NAE_ERA_R-2632_ENSV_TA_Emakeele_Selts_1945-1955, lk 78
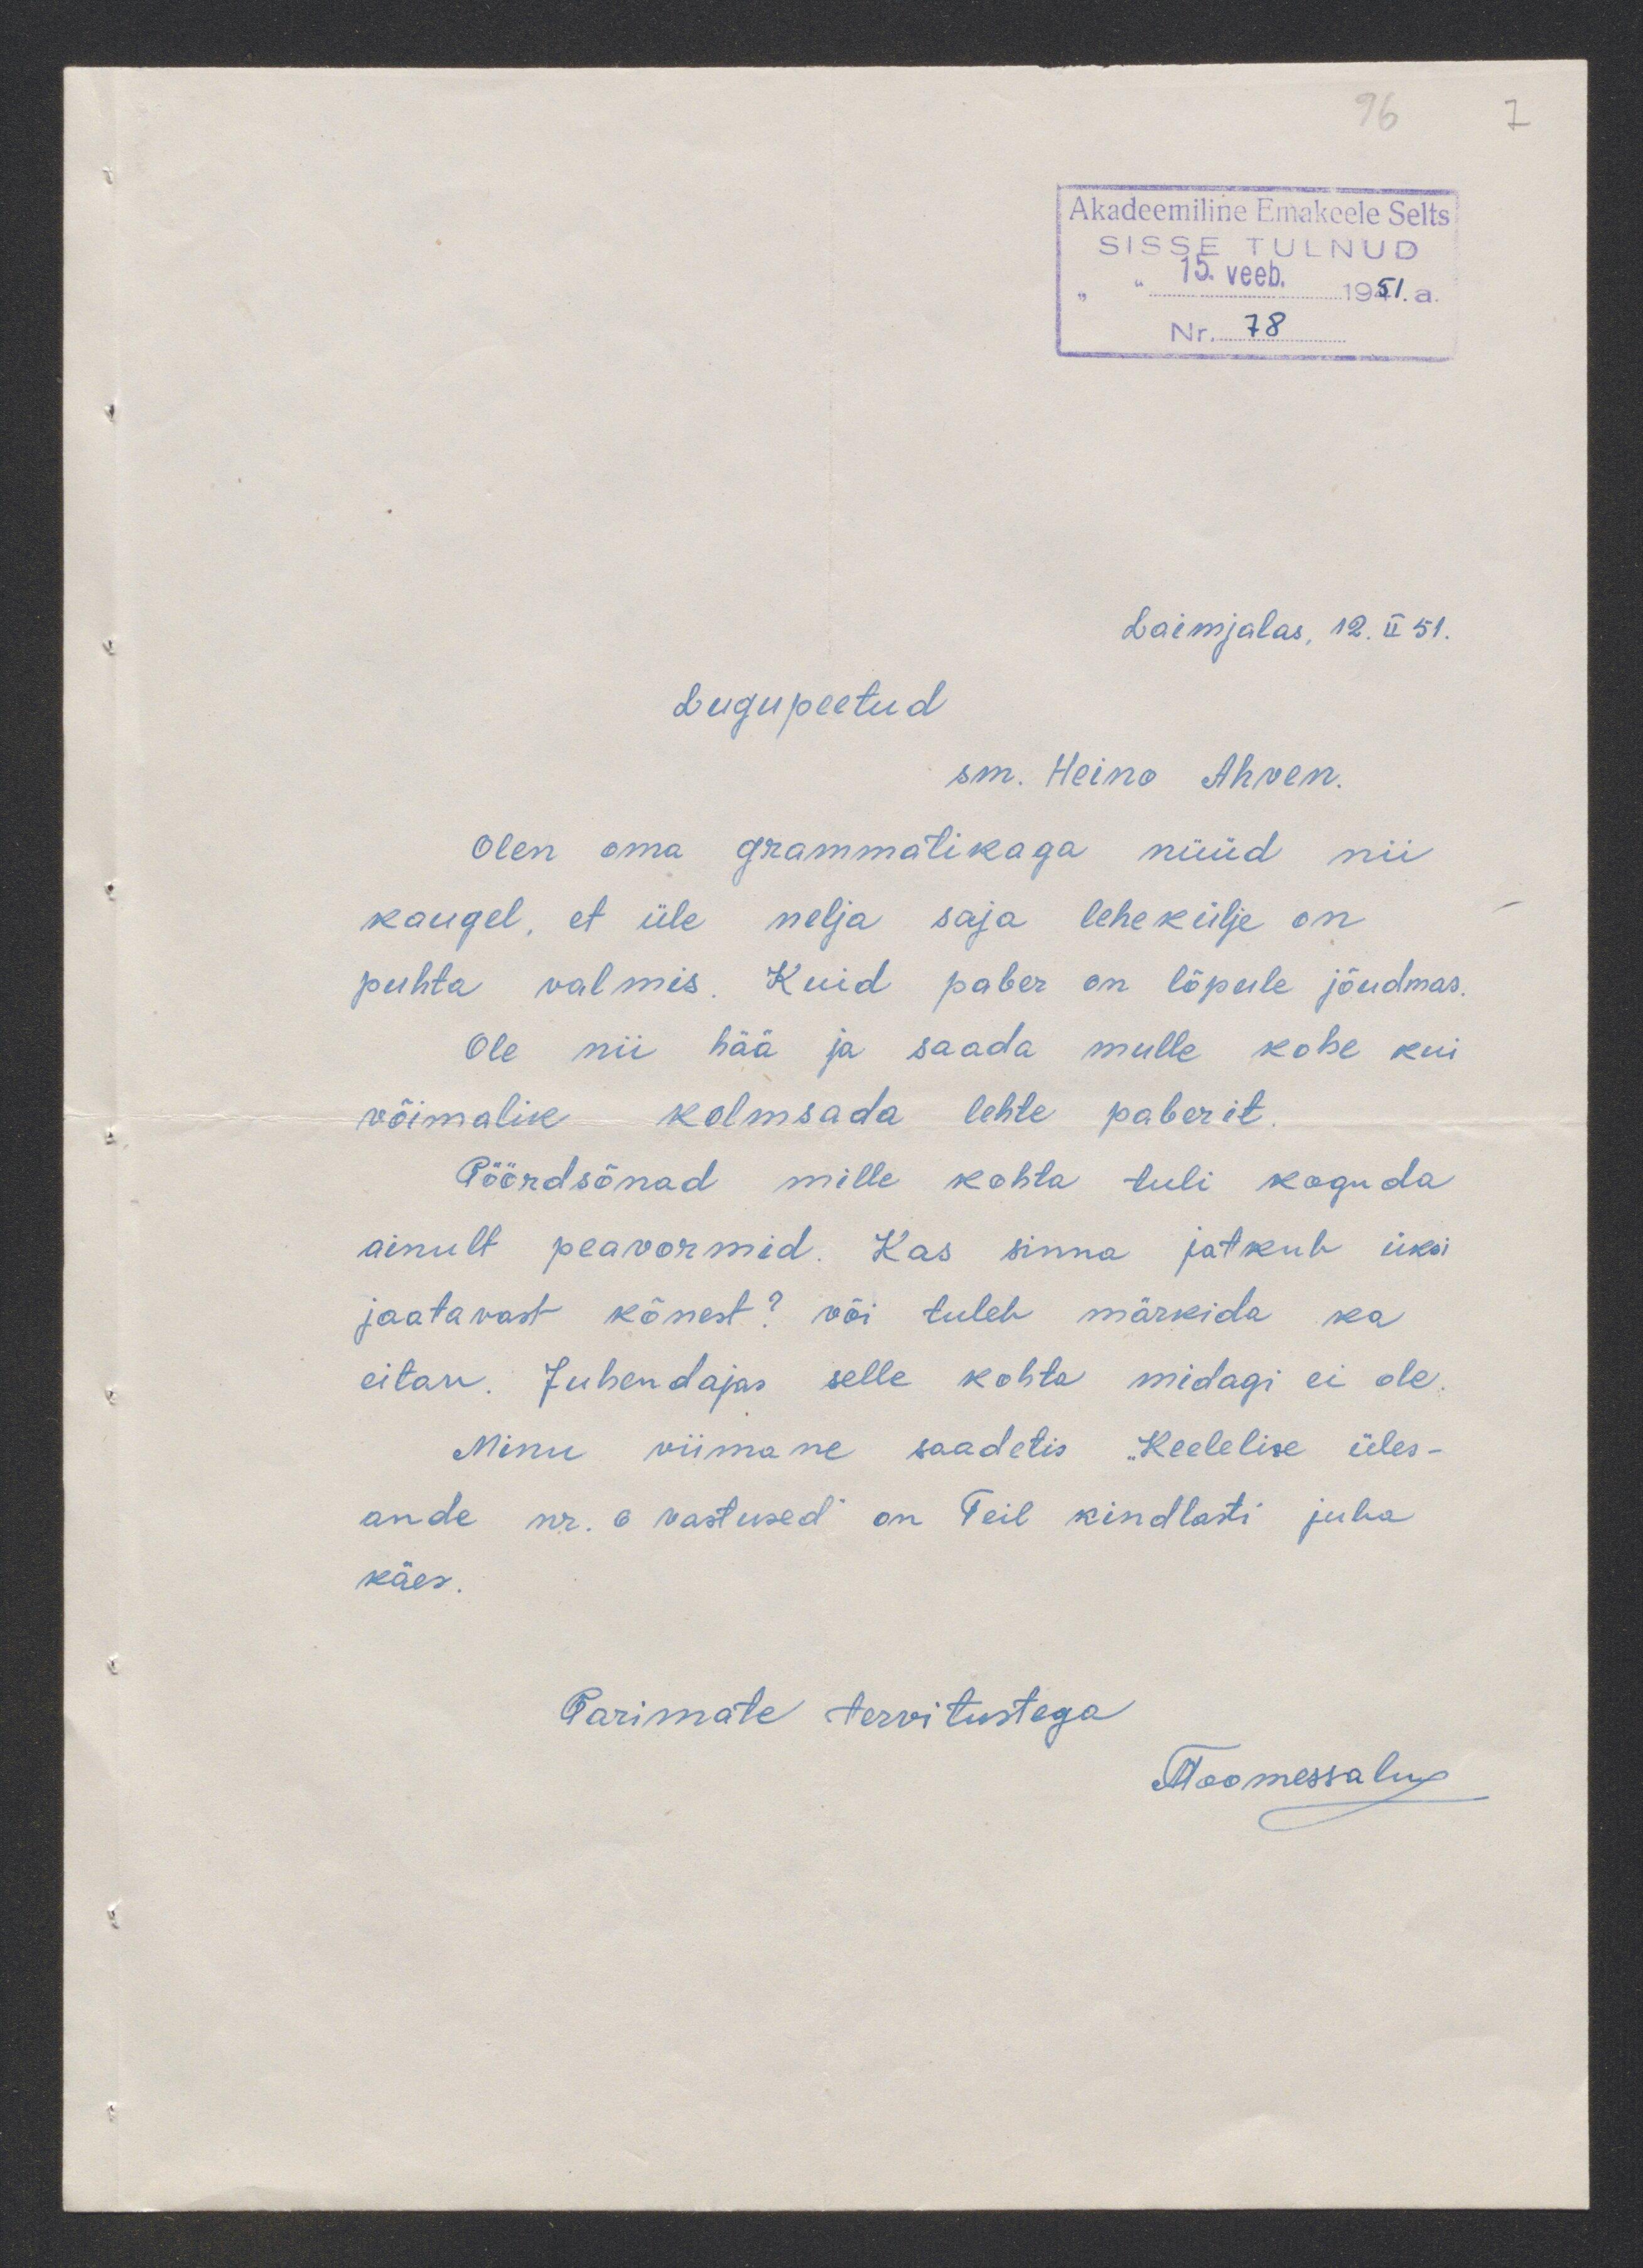
Laimjalas, 12.II 51.
Lugupeetud
sm. Heino Ahven.
Olen oma grammatikaga nüüd nii
kaugel, et üle nelja saja lehekülje on
puhta valmis. Kuid paber on lõpule jõudmas.
Ole nii hää ja saada mulle kohe kui
võimalik kolmsada lehte paberit.
Pöördsõnad mille kohta tuli koguda
ainult peavormid. Kas sinna jatkub üksi
jaatavast kõnest? või tuleh märkida ka
eitav. Juhendajas selle kohta midagi ei ole.
Minu viimane saadetis "Keelelise üles-
ande nr.6 vastused on Teil kindlasti juba
käes.
Parimate tervitustega